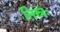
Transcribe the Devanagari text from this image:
तिस्रः